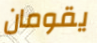
يقومان